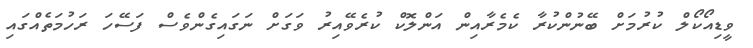
ވީޑިއޯކޯލް ކުރުމަށް ބޭނުންކުރާ ކެމެރާއިން އަންލޮކް ކުރެވޭއިރު ވަގަށް ނަގައިގެންވެސް ފަސޭހަ ރަހުމަތެއްގައި